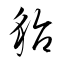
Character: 貂